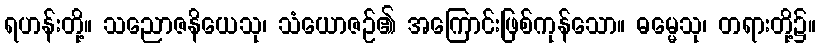
ရဟန်းတို့။ သညောဇနိယေသု၊ သံယောဇဉ်၏ အကြောင်းဖြစ်ကုန်သော။ ဓမ္မေသု၊ တရားတို့၌။